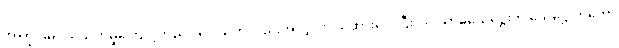
အကြွင်းမဲ့ပယ်သတ်မှုကြောင့်တည်း၊ ဒေါသကိုလည်းအလျှင်းပယ်ထားလေပြီး။ ။ဝိသာခသေဋ္ဌေးက သေဋ္ဌေးကတော်